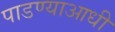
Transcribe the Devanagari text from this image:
पाडण्याआधी